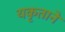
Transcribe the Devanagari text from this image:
यकृताने